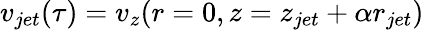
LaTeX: v_{jet}(\tau)=v_{z}(r=0,z=z_{jet}+\alpha r_{jet})